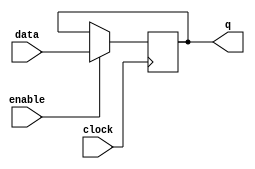
module GatedLatch(
    input data,
    input enable,
    input clock,
    output reg q
);

always @(posedge clock) begin
    if (enable)
        q <= data;
end

endmodule